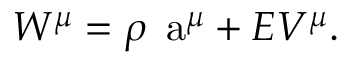
W ^ { \mu } = \rho \mathrm { \Large ~ a } ^ { \mu } + E V ^ { \mu } .